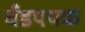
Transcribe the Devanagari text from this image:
बँडपथक